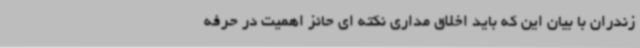
زندران با بیان این که باید اخلاق‌ مداری نکته ای حائز اهمیت در حرفه